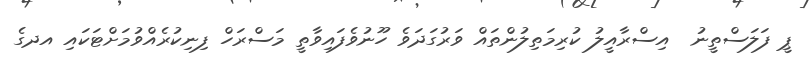
ޕީ ފަލަސްތީނު  އިސްރާއީލު ކުރިމަތިލުންތައް ވަރުގަދަވެ ހޫނުވެފައިވާތީ މަސްރަހް ފިނިކުރެއްވުމަށްޓަކައި އދގެ